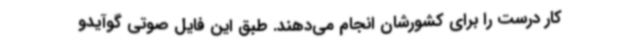
کار درست را برای کشورشان انجام می‌دهند. طبق این فایل صوتی گوآیدو